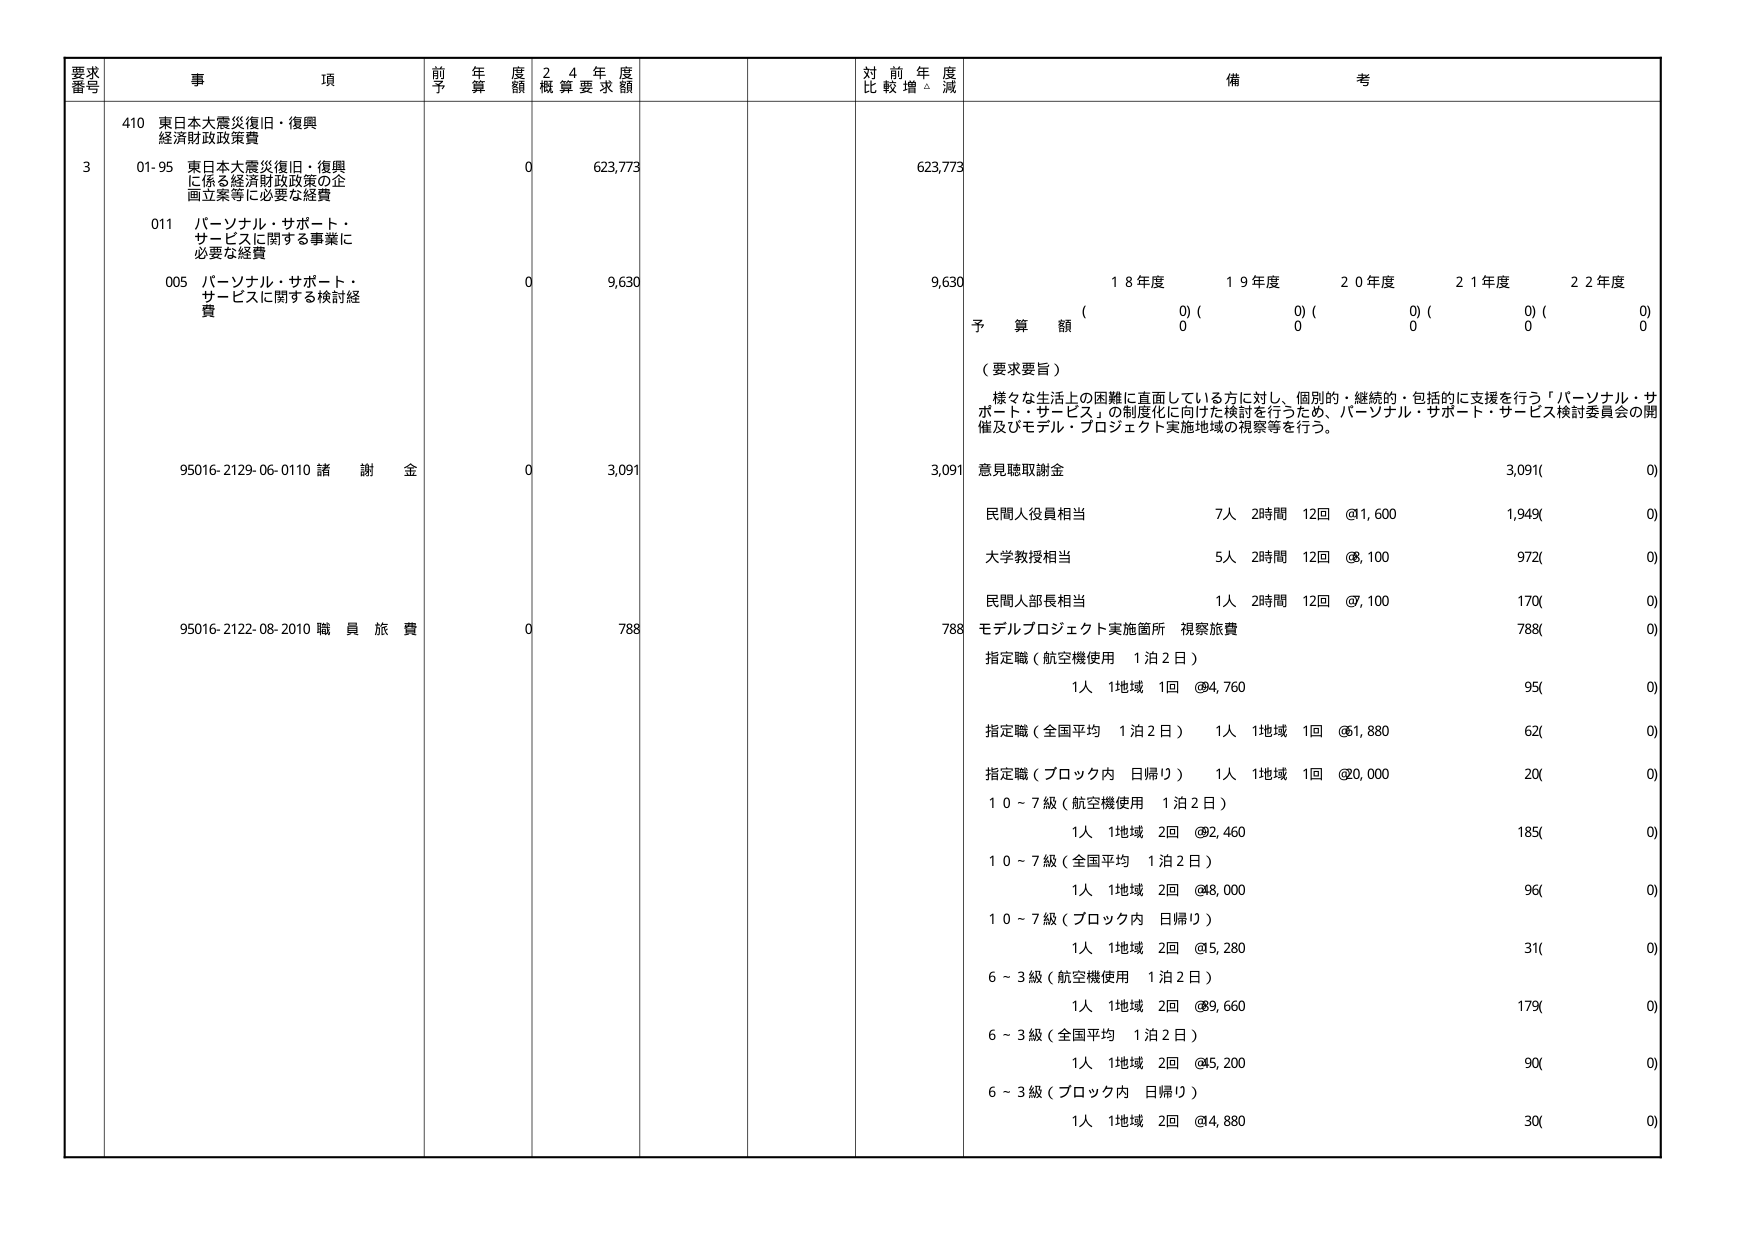
要求番号 事項 前年度予算額 24年度概算要求額 対前年度比較増減 備考
3 410 東日本大震災復旧・復興経済財政政策費 0 623,773 623,773
01-95 東日本大震災復旧・復興に係る経済財政政策の企画立案等に必要な経費
011 パーソナル・サポート・サービスに関する事業に必要な経費
005 パーソナル・サポート・サービスに関する検討経費 0 9,630 9,630
（ 0）（ 0）（ 0）（ 0）（ 0）
予算額 0 0 0 0 0
（要求要旨）
様々な生活上の困難に直面している方に対し、個別的・継続的・包括的に支援を行う「パーソナル・サポート・サービス」の制度化に向けた検討を行うため、パーソナル・サポート・サービス検討委員会の開催及びモデル・プロジェクト実施地域の視察等を行う。
95016-2129-06-0110 諸謝金 0 3,091 3,091 意見聴取謝金 3,091( 0)
民間人役員相当 7人 2時間 12回 @1,600 1,949( 0)
大学教授相当 5人 2時間 12回 @8,100 972( 0)
民間人部長相当 1人 2時間 12回 @7,100 170( 0)
95016-2122-08-2010 職員旅費 0 788 788 モデルプロジェクト実施箇所 視察旅費 788( 0)
指定職（航空機使用 1泊2日） 1人 1地域 1回 @4,760 95( 0)
指定職（全国平均 1泊2日） 1人 1地域 1回 @1,880 62( 0)
指定職（ブロック内 日帰り） 1人 1地域 1回 @0,000 20( 0)
10～7級（航空機使用 1泊2日） 1人 1地域 2回 @2,460 185( 0)
10～7級（全国平均 1泊2日） 1人 1地域 2回 @8,000 96( 0)
10～7級（ブロック内 日帰り） 1人 1地域 2回 @5,280 31( 0)
6～3級（航空機使用 1泊2日） 1人 1地域 2回 @9,660 179( 0)
6～3級（全国平均 1泊2日） 1人 1地域 2回 @5,200 90( 0)
6～3級（ブロック内 日帰り） 1人 1地域 2回 @4,880 30( 0)